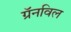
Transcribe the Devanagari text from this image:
ग्रॅनविल